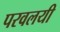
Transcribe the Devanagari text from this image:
परवलयी